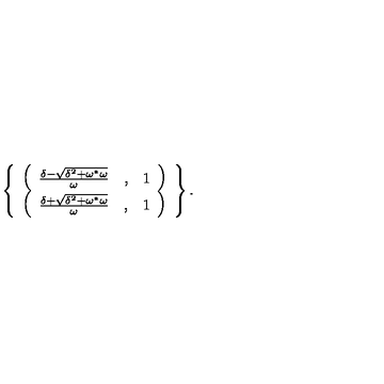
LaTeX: \left\{ \begin{array} { c } { \left( \begin{array} { c l c } { \frac { \delta - \sqrt { \delta ^ { 2 } + \omega ^ { \ast } \omega } } { \omega } } & { , } & { 1 } \\ \end{array} \right) } \\ { \left( \begin{array} { c l c } { \frac { \delta + \sqrt { \delta ^ { 2 } + \omega ^ { \ast } \omega } } { \omega } } & { , } & { 1 } \\ \end{array} \right) } \\ \end{array} \right\} .